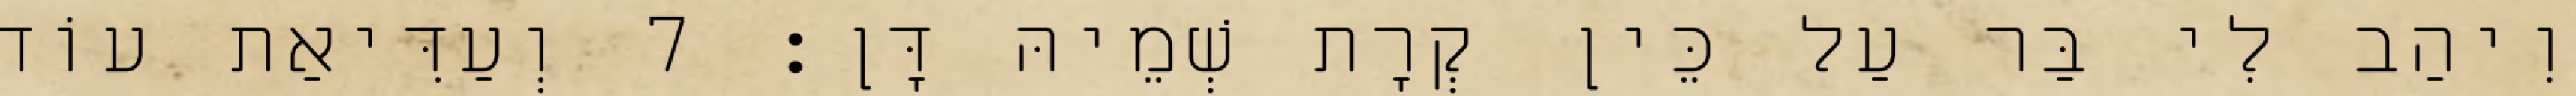
וִיהַב לִי בַּר עַל כֵּין קְרָת שְׁמֵיהּ דָּן׃ 7 וְעַדִּיאַת עוֹד